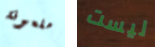
ملعونة ليست